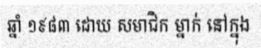
ឆ្នាំ ១៩៨៣ ដោយ សមាជិក ម្នាក់ នៅក្នុង